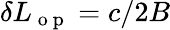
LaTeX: \delta L_{\mathrm{~o~p~}}=c/2B